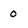
Character: 0